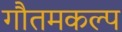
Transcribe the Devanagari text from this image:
गौतमकल्प